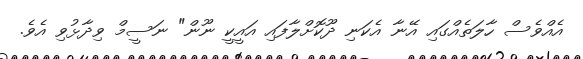
އެއްވެސް ހާލަތެއްގައި އޭނާ އެކަނި ދޫކޮށްލާފައި އައީކީ ނޫން" ނަސީމް ވިދާޅުވި އެވެ.